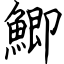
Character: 鯽